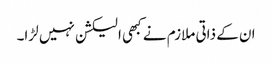
ان کے ذاتی ملازم نے کبھی الیکشن نہیں لڑا۔